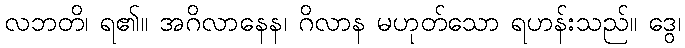
လဘတိ၊ ရ၏။ အဂိလာနေန၊ ဂိလာန မဟုတ်သော ရဟန်းသည်။ ဒွေ၊